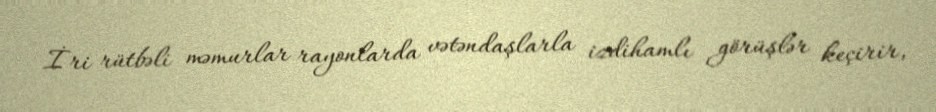
İri rütbəli məmurlar rayonlarda vətəndaşlarla izdihamlı görüşlər keçirir,